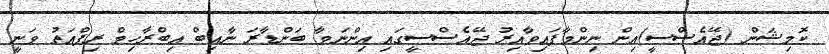
ކޮމިޝަން (ޖޭއެސްސީ)އިން ނިންމާފައިވާއިރު ޖޭއެސްސީގައި އިންނަވާ ބަންޑާރަ ނާއިބް އިބްރާހިމް ރިފްއަތު ވަނީ